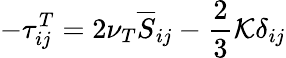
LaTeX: -\tau_{ij}^{T}=2\nu_{T}\overline{{S}}_{ij}-\frac{2}{3}\mathcal{K}\delta_{ij}